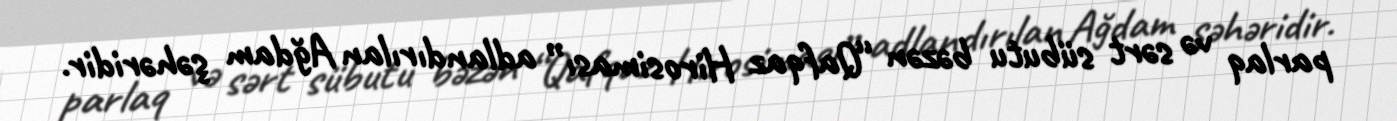
parlaq və sərt sübutu bəzən “Qafqaz Hirosiması” adlandırılan Ağdam şəhəridir.